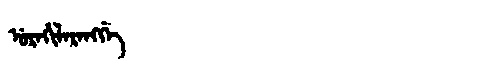
Manchu: ᡠᡵᠠᡥᡳᠯᠠᡵᠠᠩᡤᡝ
Romanization: URAHILARANGGE